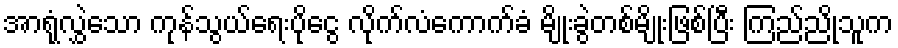
အာရုံလွှဲသော ကုန်သွယ်ရေးပိုငွေ လိုက်လံကောက်ခံ မျိုးခွဲတစ်မျိုးဖြစ်ပြီး ကြည်ညိုသူက